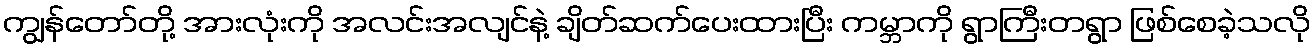
ကျွန်တော်တို့ အားလုံးကို အလင်းအလျင်နဲ့ ချိတ်ဆက်ပေးထားပြီး ကမ္ဘာကို ရွာကြီးတရွာ ဖြစ်စေခဲ့သလို